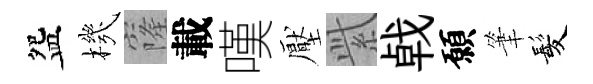
盌機窿載嘆壓𬗋㦸願筆髪